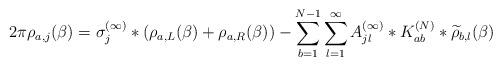
LaTeX: \begin{align*}2\pi {\rho}_{a,j}(\beta) = \sigma_j^{(\infty)} * (\rho_{a,L}(\beta)+\rho_{a,R}(\beta)) - \sum_{b=1}^{N-1}\sum_{l=1}^\infty A_{jl}^{(\infty)} * K_{ab}^{(N)} * \widetilde\rho_{b,l}(\beta)\end{align*}